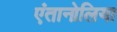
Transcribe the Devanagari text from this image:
एंतानोलिया